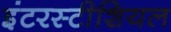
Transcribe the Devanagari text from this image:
इंटरस्टीशियल